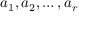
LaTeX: a _ { 1 } , a _ { 2 } , \ldots , a _ { r }